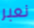
نعبر